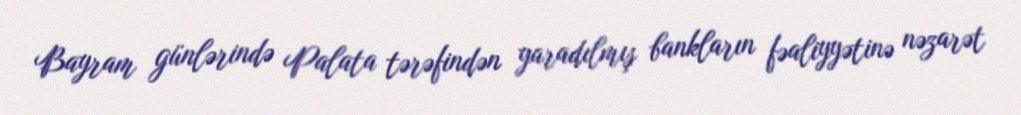
Bayram günlərində Palata tərəfindən yaradılmış bankların fəaliyyətinə nəzarət